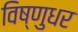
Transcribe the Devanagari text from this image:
विष्णुधर